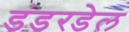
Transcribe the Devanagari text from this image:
डंडरडेल